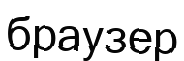
браузер